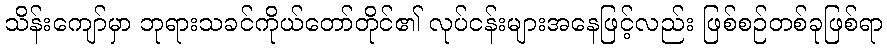
သိန်းကျော်မှာ ဘုရားသခင်ကိုယ်တော်တိုင်၏ လုပ်ငန်းများအနေဖြင့်လည်း ဖြစ်စဉ်တစ်ခုဖြစ်ရာ